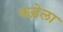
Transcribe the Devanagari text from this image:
कड़ेला